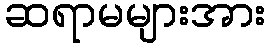
ဆရာမများအား